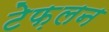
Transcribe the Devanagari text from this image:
टेफ़लन